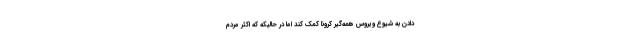
دادن به شیوع ویروس همه‌گیر کرونا کمک کند اما در حالیکه که اکثر مردم